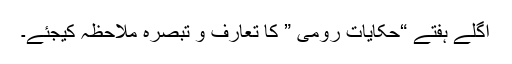
اگلے ہفتے “حکایات رومی ” کا تعارف و تبصرہ ملاحظہ کیجئے۔